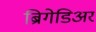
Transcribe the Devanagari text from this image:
ब्रिगेडिअर